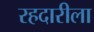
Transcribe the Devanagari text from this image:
रहदारीला